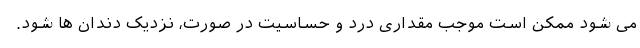
می شود ممکن است موجب مقداری درد و حساسیت در صورت، نزدیک دندان ها شود.